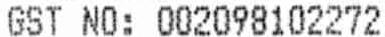
GST NO: 002098102272